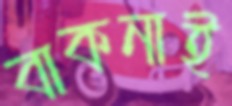
বাকনাই